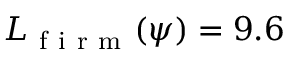
L _ { \mathrm { ~ f ~ i ~ r ~ m ~ } } ( \psi ) = 9 . 6 \